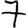
Digit: 7